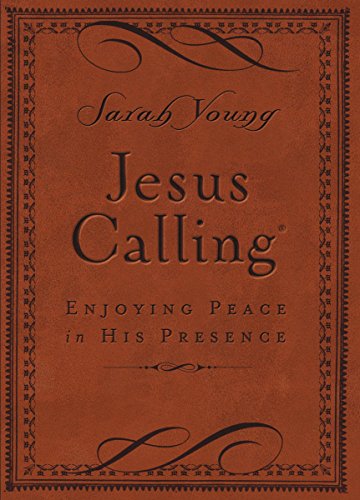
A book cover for Jesus Calling - Deluxe Edition Brown Cover: Enjoying Peace in His Presence; Sarah Young; Christian Books & Bibles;